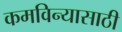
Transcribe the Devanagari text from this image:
कमविन्यासाठी